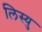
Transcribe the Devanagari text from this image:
लिस्यु